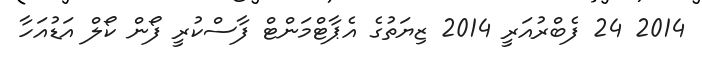
2014 24 ފެބްރުއަރީ 2014 ޒިޔަތުގެ އެޕާޓްމަންޓް ފާސްކުރީ ފޯން ކޯލް އަޑުއަހާ